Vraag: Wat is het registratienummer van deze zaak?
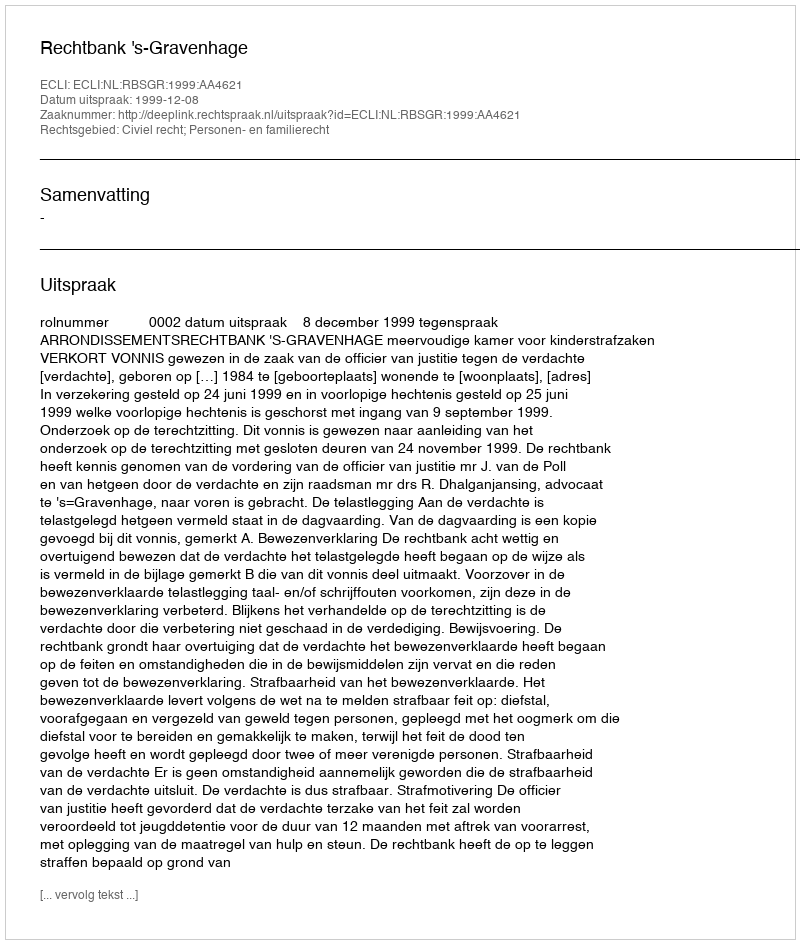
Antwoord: http://deeplink.rechtspraak.nl/uitspraak?id=ECLI:NL:RBSGR:1999:AA4621